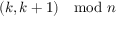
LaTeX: ( k , k + 1 ) \mod n